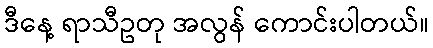
ဒီနေ့ ရာသီဥတု အလွန် ကောင်းပါတယ်။